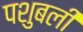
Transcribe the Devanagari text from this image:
पशुबली